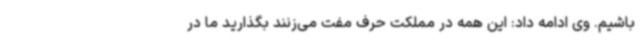
باشیم. وی ادامه داد: این همه در مملکت حرف مفت می‌زنند بگذارید ما در